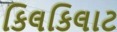
કિલકિલાટ